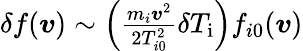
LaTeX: \begin{array}{r}{\delta f(\boldsymbol{v})\sim\left(\frac{m_{i}\boldsymbol{v}^{2}}{2T_{i0}^{2}}\delta T_{\mathrm{i}}\right)f_{i0}(\boldsymbol{v})}\end{array}